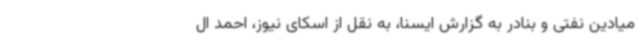
میادین نفتی و بنادر به گزارش ایسنا، به نقل از اسکای نیوز، احمد ال